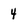
Character: 4